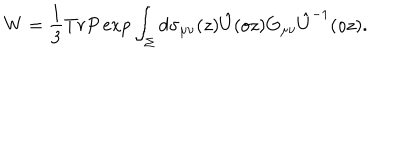
W = \frac { 1 } { 3 } T r P \exp \int _ { \Sigma } d \sigma _ { \mu \nu } ( z ) \hat { U } ( o z ) G _ { \mu \nu } \hat { U } ^ { - 1 } ( o z ) .